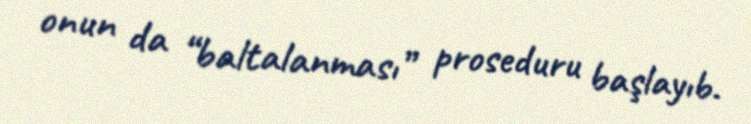
onun da “baltalanması” proseduru başlayıb.